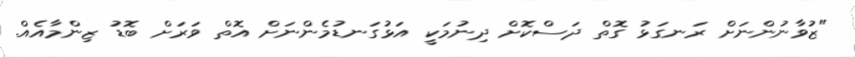
"ޒުވާނުންނަށް ރަނގަޅު ގޮތް ދަސްކޮށް ދިނުމަކީ އަޅުގަނޑުމެންނަށް އޮތް ވަރަށް ބޮޑު ޒިންމާއެއް.